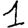
Digit: 1